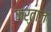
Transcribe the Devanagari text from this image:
कर्ताज़